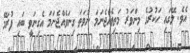
އެވެ. ލޭގައި ހަކުރުގެ މިންވަރު މަތިވެއްޖެނަމަ ނުވަތަ ގިނަވެއްޖެނަމަ އެގިނަވީ ބައި ފުރަމޭ